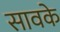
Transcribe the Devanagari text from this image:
सावके